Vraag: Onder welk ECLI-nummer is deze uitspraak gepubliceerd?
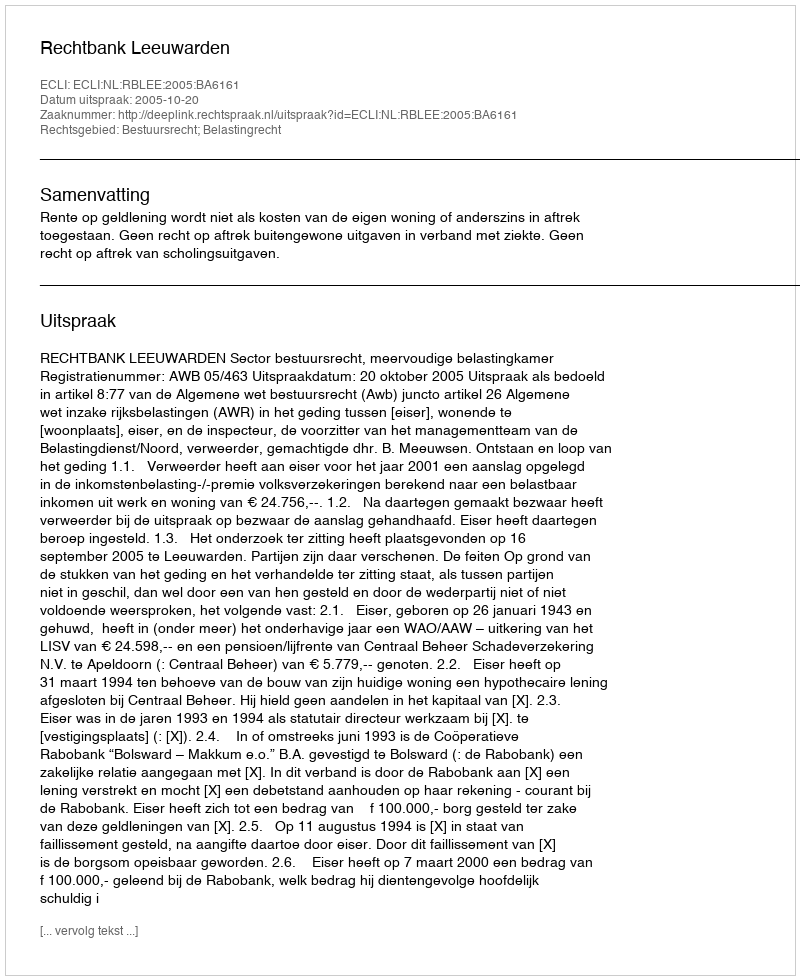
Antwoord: ECLI:NL:RBLEE:2005:BA6161